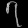
Digit: ၇